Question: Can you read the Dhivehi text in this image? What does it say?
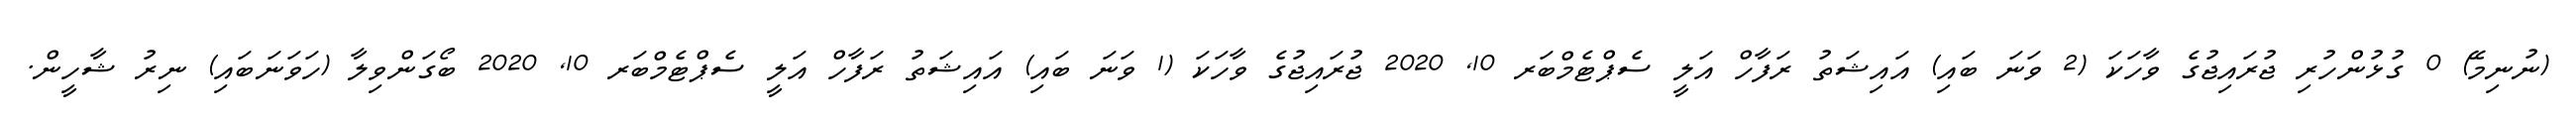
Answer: (ނުނިމޭ) 0 ގުޅުންހުރި ޖުރައިޖުގެ ވާހަކަ (2 ވަނަ ބައި) އައިޝަތު ރަފާހް އަލީ ސެޕްޓެމްބަރ 10, 2020 ޖުރައިޖުގެ ވާހަކަ (1 ވަނަ ބައި) އައިޝަތު ރަފާހް އަލީ ސެޕްޓެމްބަރ 10, 2020 ބޯގަންވިލާ (ހަވަނަބައި) ނިރު ޝާހީން.